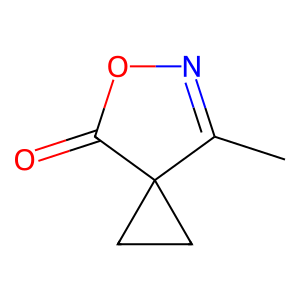
SMILES: CC1=NOC(=O)C12CC2
Inhibits HIV replication: No